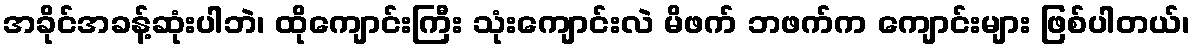
အခိုင်အခန့်ဆုံးပါဘဲ၊ ထိုကျောင်းကြီး သုံးကျောင်းလဲ မိဖက် ဘဖက်က ကျောင်းများ ဖြစ်ပါတယ်၊